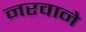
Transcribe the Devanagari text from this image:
नरवाने